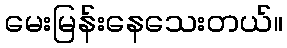
မေးမြန်းနေသေးတယ်။